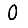
Digit: 0